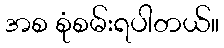
အစ စုံစမ်းရပါတယ်။